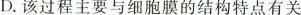
D.该过程主要与细胞膜的结构特点有关